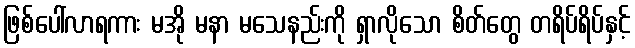
ဖြစ်ပေါ်လာရကား မအို မနာ မသေနည်းကို ရှာလိုသော စိတ်တွေ တရိပ်ရိပ်နှင့်